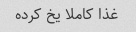
غذا کاملا یخ کرده